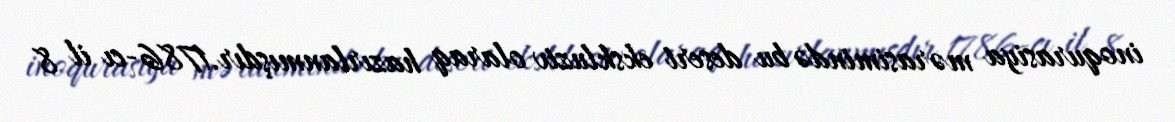
inoqurasiya mərasimində bu desert ekskluziv olaraq hazırlanmışdır.1786-cı il 8